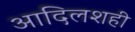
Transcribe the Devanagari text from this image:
आदिलशही